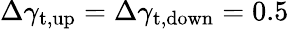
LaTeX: \Delta\gamma_{\mathrm{t,up}}=\Delta\gamma_{\mathrm{t,down}}=0.5